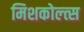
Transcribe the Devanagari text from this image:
मिशकोल्त्स